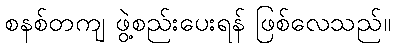
စနစ်တကျ ဖွဲ့စည်းပေးရန် ဖြစ်လေသည်။